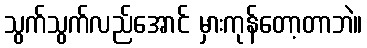
သွက်သွက်လည်အောင် မှားကုန်တော့တာဘဲ။